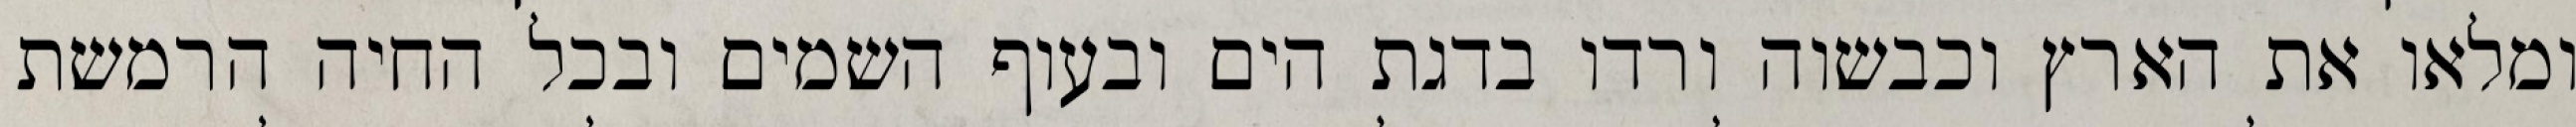
ומלאו את הארץ וכבשוה ורדו בדגת הים ובעוף השמים ובכל החיה הרמשת